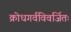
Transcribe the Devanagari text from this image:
क्रोधगर्वविवर्जितः